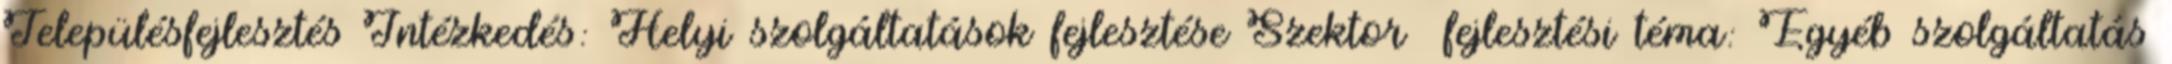
Településfejlesztés Intézkedés: Helyi szolgáltatások fejlesztése Szektor fejlesztési téma: Egyéb szolgáltatás